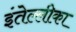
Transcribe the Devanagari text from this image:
इंतेल्लीका